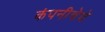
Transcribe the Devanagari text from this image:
कंपनीचेचे